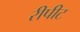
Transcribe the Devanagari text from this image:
रीपीट